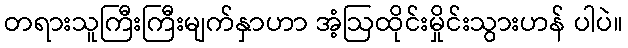
တရားသူကြီးကြီးမျက်နှာဟာ အံ့ဩထိုင်းမှိုင်းသွားဟန် ပါပဲ။